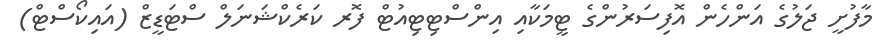
މާފުށީ ޖަލުގެ އަންހެން އޮފިސަރުންގެ ޓީމަކާއި އިންސްޓިޓިއުޓް ފޮރ ކަރެކްޝަނަލް ސްޓަޑީޒް (އައިކޯސްޓް)